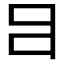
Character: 𤕪